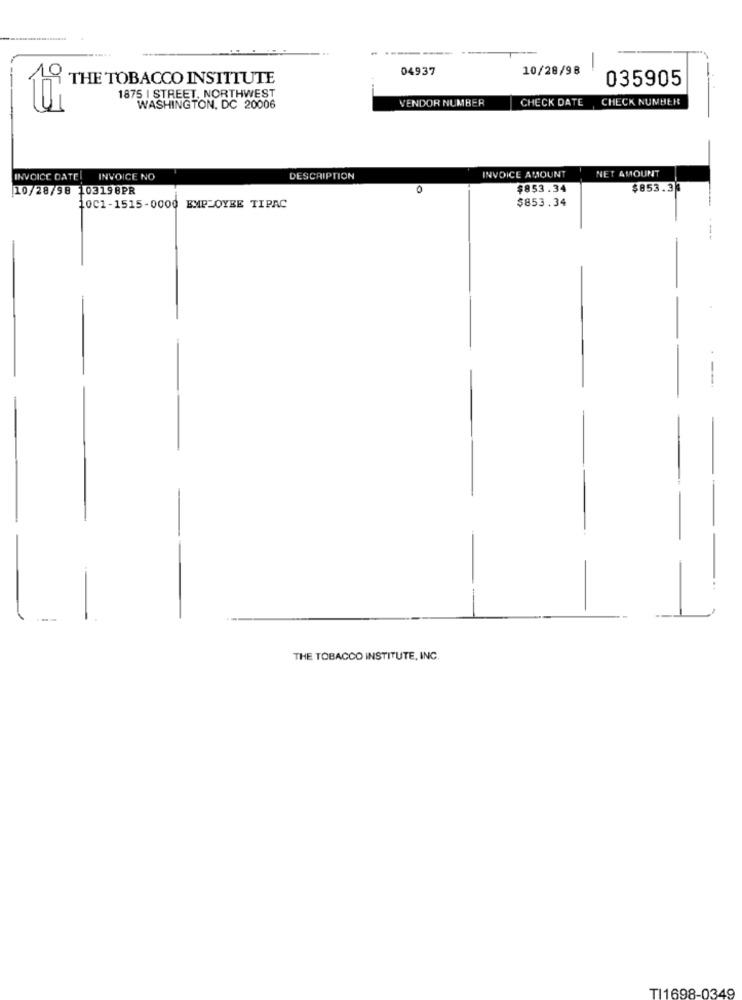
-
04937
10/28/98
-
10
THE TOBACCO INSTITUTE
035905
1875 | STREET, NORTHWEST
VENDOR NUMBER
CHECK DATE CHECK NUMBER
WASHINGTON, DC 20006
INVOICE AMOUNT
INVOICE DATE! INVOICE NO
DESCRIPTION
NET AMOUNT
10/28/98 103198PR
$853.34
$853.3
$853.34
1001-1515-0000 EMPLOYEE TIPAC
--.
1
1
THE TOBACCO INSTITUTE, INC.
TI1698-0349